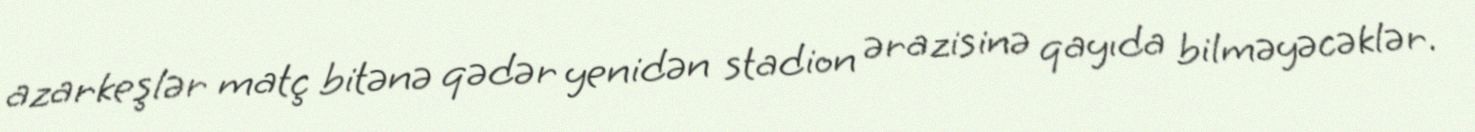
azarkeşlər matç bitənə qədər yenidən stadion ərazisinə qayıda bilməyəcəklər.